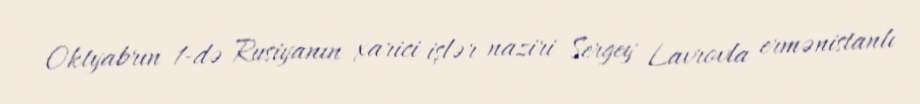
Oktyabrın 1-də Rusiyanın xarici işlər naziri Sergey Lavrovla ermənistanlı